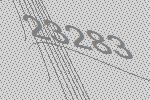
23283